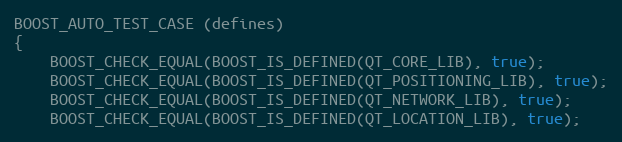
Language: C++
BOOST_AUTO_TEST_CASE (defines)
{
    BOOST_CHECK_EQUAL(BOOST_IS_DEFINED(QT_CORE_LIB), true);
    BOOST_CHECK_EQUAL(BOOST_IS_DEFINED(QT_POSITIONING_LIB), true);
    BOOST_CHECK_EQUAL(BOOST_IS_DEFINED(QT_NETWORK_LIB), true);
    BOOST_CHECK_EQUAL(BOOST_IS_DEFINED(QT_LOCATION_LIB), true);